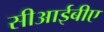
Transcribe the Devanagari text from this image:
सीआईबीए